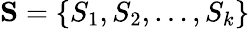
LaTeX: \mathbf{S}=\left\{ S_{1},S_{2},\ldots,S_{k}\right\}